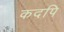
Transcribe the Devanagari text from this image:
कदपि